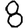
Digit: 8